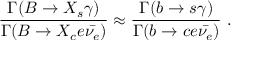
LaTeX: \frac { \Gamma ( B \to X _ { s } \gamma ) } { \Gamma ( B \to X _ { c } e \bar { \nu _ { e } } ) } \approx \frac { \Gamma ( b \to s \gamma ) } { \Gamma ( b \to c e \bar { \nu _ { e } } ) } \ .